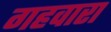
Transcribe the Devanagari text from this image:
गहवारा